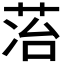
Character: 𬜷